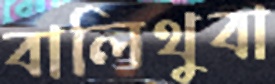
বালিথুবা